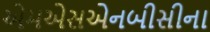
એમએસએનબીસીના